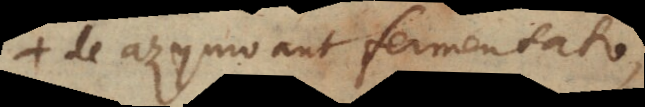
de azymo aut fermentato,